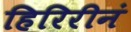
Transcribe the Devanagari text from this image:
हिरिरीनं